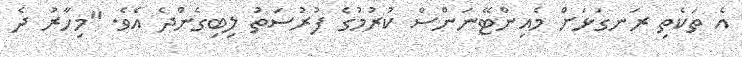
އެ ތަކެތި ރަނގަޅަށް މެއިންޓޭނަންސް ކުރުމުގެ ފުރުސަތު ލިބިގެންދެ އެވެ. "މިހާރު ދެ